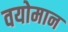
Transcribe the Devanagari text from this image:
वयोमान